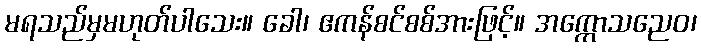
မရသည်မှမဟုတ်ပါသေး။ ခေါ၊ ဧကန်စင်စစ်အားဖြင့်။ အက္ကောသညေဝ၊